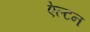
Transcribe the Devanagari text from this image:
ऐल्टन